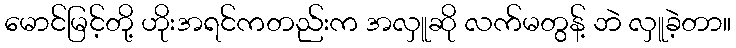
မောင်မြင့်တို့ ဟိုးအရင်ကတည်းက အလှူဆို လက်မတွန့် ဘဲ လှူခဲ့တာ။